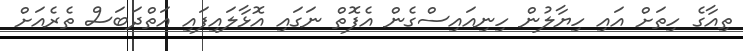
ތިއާގެ ހިތަށް އައި ހިޔާލުން ހިނިއައިސްގެން އެފޮތް ނަގައި އޮޅާލައިފައި އަތްދަބަސް ތެރެއަށް